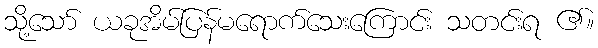
သို့သော် ယခုအိမ်ပြန်မရောက်သေးကြောင်း သတင်းရ ၏။